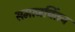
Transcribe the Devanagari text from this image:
समाजचिंतन